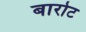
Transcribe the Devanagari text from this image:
बारोट